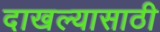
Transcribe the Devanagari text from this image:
दाखल्यासाठी